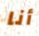
أنا